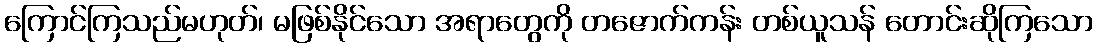
ကြောင်ကြသည်မဟုတ်၊ မဖြစ်နိုင်သော အရာတွေကို တဇောက်ကန်း တစ်ယူသန် တောင်းဆိုကြသော